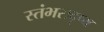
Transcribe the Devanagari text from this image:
स्तंभसदृष्य